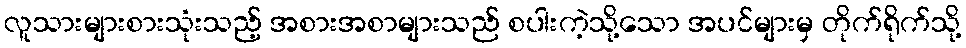
လူသားများစားသုံးသည့် အစားအစာများသည် စပါးကဲ့သို့သော အပင်များမှ တိုက်ရိုက်သို့